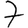
Digit: 7